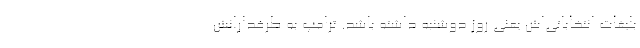
بلیغات انتخاباتی‌اش یعنی روز دوشنبه داشته باشد. ترامپ به طرفدارانش